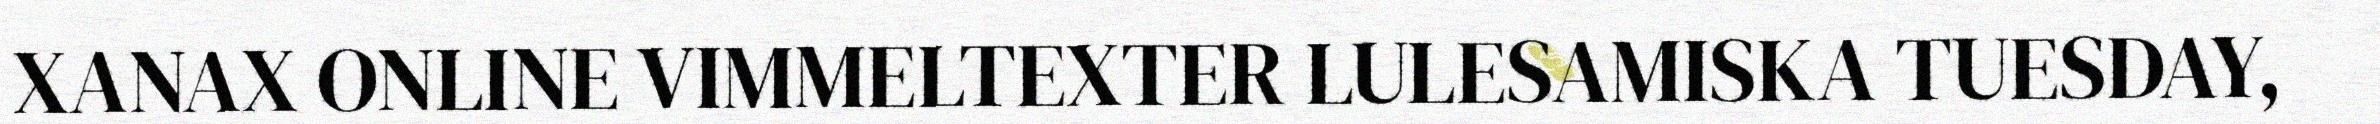
XANAX ONLINE VIMMELTEXTER LULESAMISKA TUESDAY,